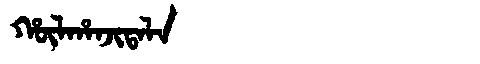
Manchu: ᡥᡡᠯᡥᠠᠨᠵᡳᡨᠠᠯᠠ
Romanization: HŪLHANJITALA